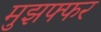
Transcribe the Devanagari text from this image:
मुझफ्फर